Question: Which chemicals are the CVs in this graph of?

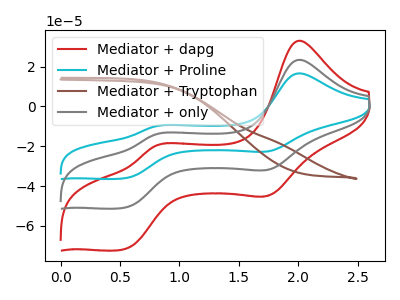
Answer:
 <answer>The red curve is labeled "Mediator + dapg". The cyan curve is labeled "Mediator + Proline". The brown curve is labeled "Mediator + Tryptophan". The gray curve is labeled "Mediator + only".</answer>
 <eval></eval>